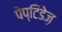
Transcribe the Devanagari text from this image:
पेप्टिडेज़